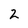
Character: 2